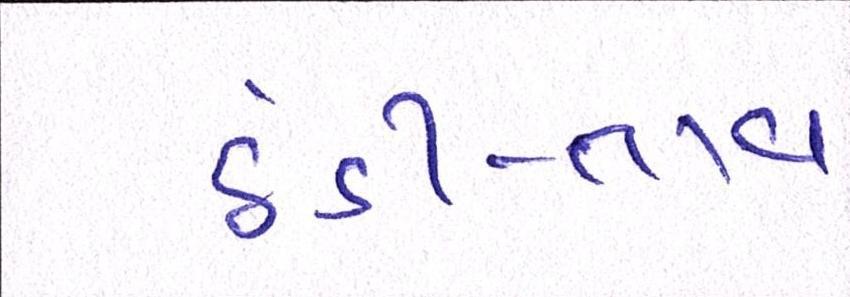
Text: ઠંડી-તાવ